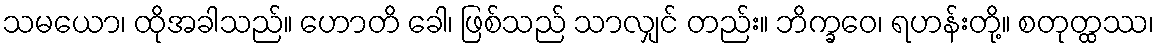
သမယော၊ ထိုအခါသည်။ ဟောတိ ခေါ၊ ဖြစ်သည် သာလျှင် တည်း။ ဘိက္ခဝေ၊ ရဟန်းတို့။ စတုတ္ထဿ၊